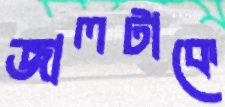
জালটাকে